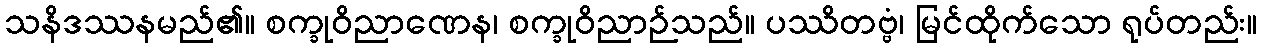
သနိဒဿနမည်၏။ စက္ခုဝိညာဏေန၊ စက္ခုဝိညာဉ်သည်။ ပဿိတဗ္ဗံ၊ မြင်ထိုက်သော ရုပ်တည်း။